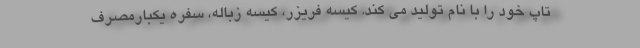
تاپ خود را با نام تولید می کند. کیسه فریزر، کیسه زباله، سفره یکبارمصرف